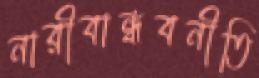
নারীবান্ধবনীতি